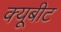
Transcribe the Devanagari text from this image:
क्यूबीट